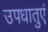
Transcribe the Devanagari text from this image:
उपधातुएं